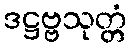
ဒဋ္ဌဗ္ဗသုတ္တံ